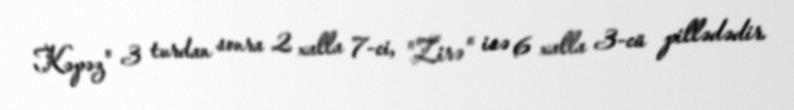
Kəpəz" 3 turdan sonra 2 xalla 7-ci, "Zirə" isə 6 xalla 3-cü pillədədir.